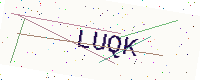
Text: LUQK